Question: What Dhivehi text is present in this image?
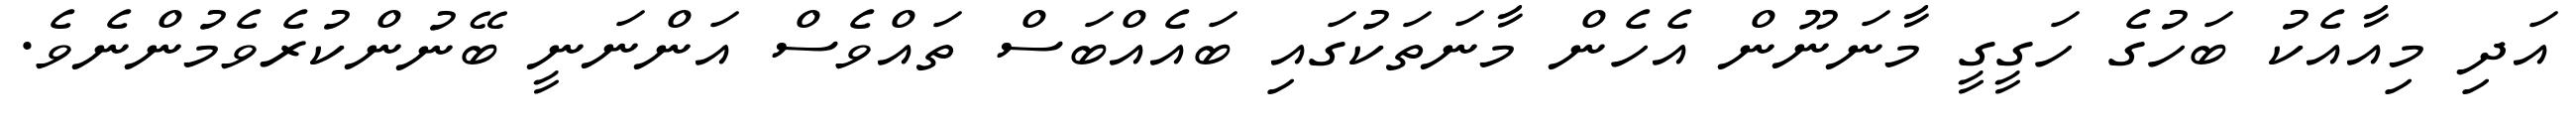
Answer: އަދި މިއާއެކު ބަހުގެ ހަގީގީ މާނަނޫން އެހެން މާނަތަކުގައި ބައެއްބަސް ތައްވެސް އަންނަނީ ބޭނުންކުރެވެމުންނެވެ.